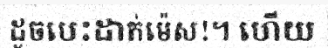
ដូចបេះដាក់ម៉េស!។ ហើយ